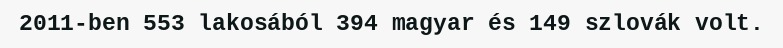
2011-ben 553 lakosából 394 magyar és 149 szlovák volt.